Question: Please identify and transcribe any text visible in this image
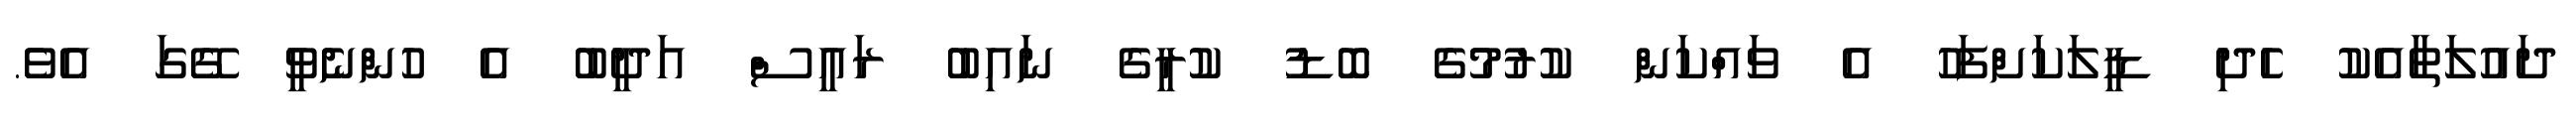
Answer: ދައުލަތާއެކު ހެދި ޑީލަކަށްފަހު އެ ވައްކަން ކުރުމުގެ ބޮޑު ކުރީގެ ނައިބު ރައީސް އަދީބު އެ ހުންނެވީ ގޭގަ އެވެ.